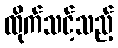
ထိုက်သင့်သည့်